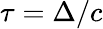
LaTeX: \tau=\Delta/c